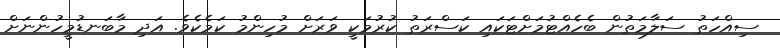
ސިއްހަތު ސަލާމަތުން ބެހެއްޓުމަށްޓަކައި ކަސްރަތު ކުރުމަކީ ވަރަށް މުހިންމު ކަމެކެވެ. އަދި މާބަނޑުމީހުންނަށް